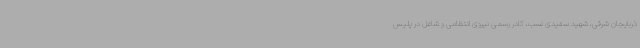
ذربایجان شرقی، شهید سفیدی نسب، کادر رسمی نیروی انتظامی و شاغل در پلیس